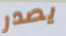
يصدر